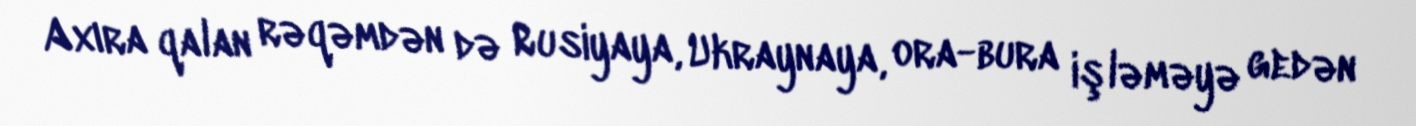
Axıra qalan rəqəmdən də Rusiyaya, Ukraynaya, ora-bura işləməyə gedən